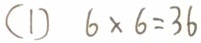
( 1 ) 6 \times 6 = 3 6